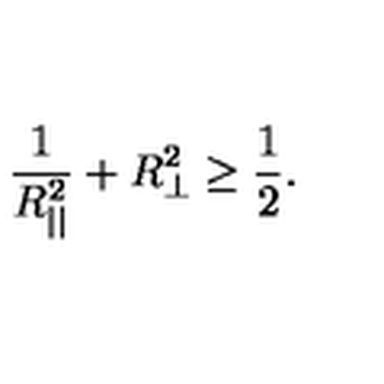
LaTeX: \frac { 1 } { R _ { | | } ^ { 2 } } + R _ { \perp } ^ { 2 } \ge \frac { 1 } { 2 } .